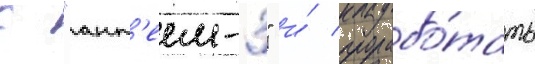
с "ант'еем-3" и́ прорабо́тать